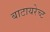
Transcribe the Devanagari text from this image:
बाटायरेच्ट